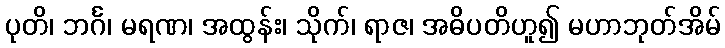
ပုတိ၊ ဘင်္ဂ၊ မရဏ၊ အထွန်း၊ သိုက်၊ ရာဇ၊ အဓိပတိဟူ၍ မဟာဘုတ်အိမ်